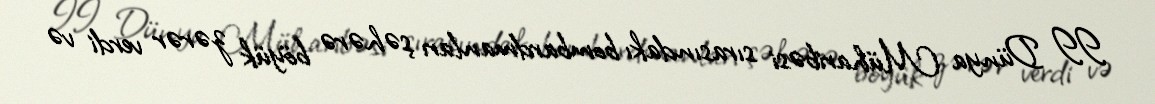
II Dünya Müharibəsi sırasındakı bombardmanları şəhərə böyük zərər verdi və